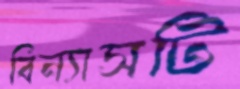
বিন্যাসটি